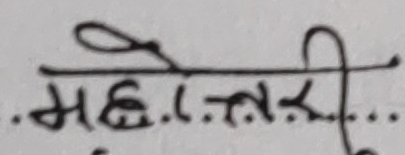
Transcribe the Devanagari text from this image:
मह. ता. की. ...